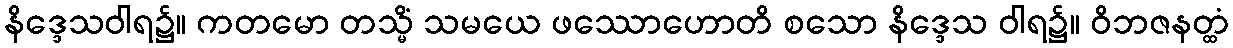
နိဒ္ဒေသဝါရ၌။ ကတမော တသ္မိံ သမယေ ဖဿောဟောတိ စသော နိဒ္ဒေသ ဝါရ၌။ ဝိဘဇနတ္ထံ